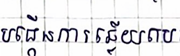
បង្កើនការឆ្លើយតប